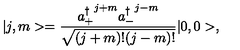
\vert j , m > = \frac { { a _ { + } ^ { \dagger } } ^ { j + m } { a _ { - } ^ { \dagger } } ^ { j - m } } { \sqrt { ( j + m ) ! ( j - m ) ! } } \vert 0 , 0 > ,